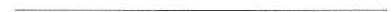
___